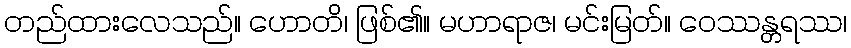
တည်ထားလေသည်။ ဟောတိ၊ ဖြစ်၏။ မဟာရာဇ၊ မင်းမြတ်။ ဝေဿန္တရဿ၊